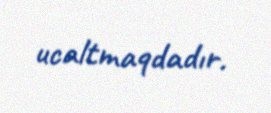
ucaltmaqdadır.